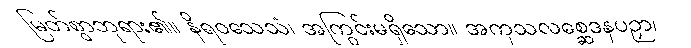
မြတ်စွာဘုရား၏။ နိရဝသေသံ၊ အကြွင်းမရှိသော။ အကုသလစ္ဆေဒနပဉှာ၊